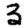
Digit: 3